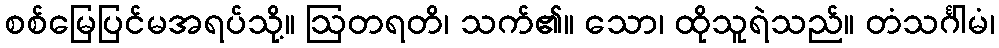
စစ်မြေပြင်မအရပ်သို့။ ဩတရတိ၊ သက်၏။ သော၊ ထိုသူရဲသည်။ တံသင်္ဂါမံ၊